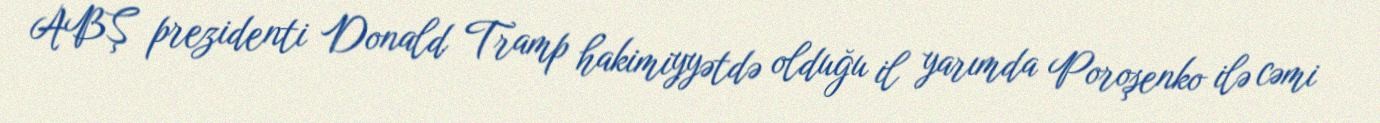
ABŞ prezidenti Donald Tramp hakimiyyətdə olduğu il yarımda Poroşenko ilə cəmi